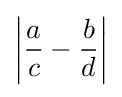
\left|{\frac {a}{c}}-{\frac {b}{d}}\right|